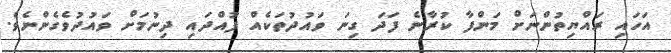
އަހައި ރައްޔިތުންނަށް މަންފާ ކުރާނެ ފަދަ ގިނަ ވައުދުތަކެއް ފުއްދައި ދިނުމަށް ވައުދުވެގެންނެވެ.